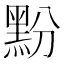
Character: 𮮔